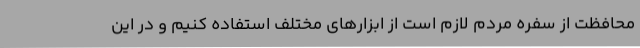
محافظت از سفره مردم لازم است از ابزارهای مختلف استفاده کنیم و در این